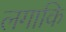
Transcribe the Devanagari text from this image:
लगाकि